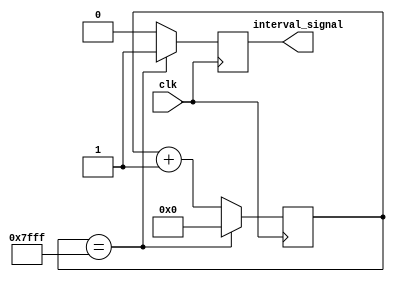
module interval_timer (
    input wire clk,
    output reg interval_signal
);

reg [15:0] counter;

always @(posedge clk) begin
    if (counter == 16'd32767) begin
        counter <= 16'd0;
        interval_signal <= 1;
    end else begin
        counter <= counter + 1;
        interval_signal <= 0;
    end
end

endmodule